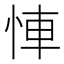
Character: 𢚷